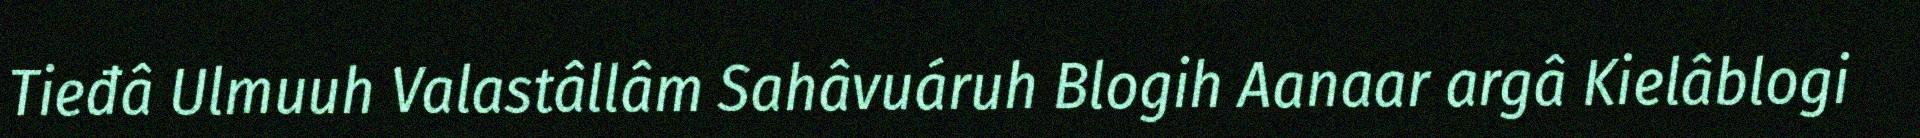
Tieđâ Ulmuuh Valastâllâm Sahâvuáruh Blogih Aanaar argâ Kielâblogi